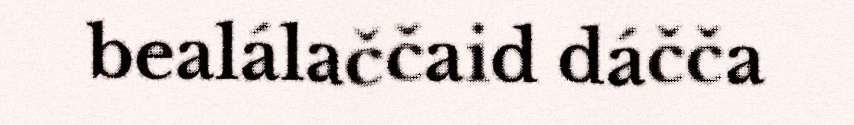
bealálaččaid dáčča